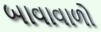
બાવાવાળો